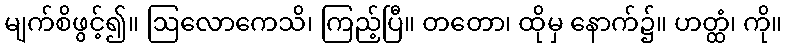
မျက်စိဖွင့်၍။ ဩလောကေသိ၊ ကြည့်ပြီ။ တတော၊ ထိုမှ နောက်၌။ ဟတ္ထံ၊ ကို။